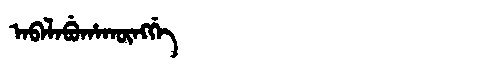
Manchu: ᠠᠪᠠᠯᠠᠪᡠᡥᠠᡴᡡᠩᡤᡝ
Romanization: ABALABUHAKŪNGGE